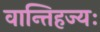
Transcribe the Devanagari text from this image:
वान्तिहज्यः